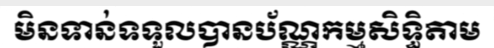
មិនទាន់ទទួលបានប័ណ្ណកម្មសិទ្ធិតាម